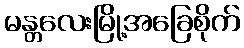
မန္တလေးမြို့အခြေစိုက်